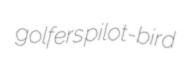
golfers pilot-bird